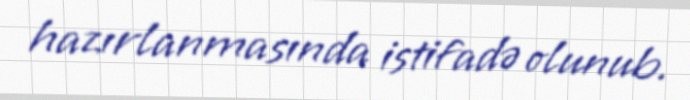
hazırlanmasında istifadə olunub.